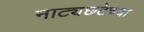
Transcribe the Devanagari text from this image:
नाट्यछटेच्या